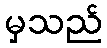
မှသည်